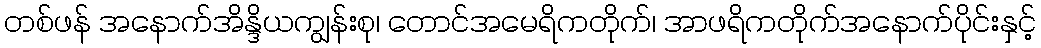
တစ်ဖန် အနောက်အိန္ဒိယကျွန်းစု၊ တောင်အမေရိကတိုက်၊ အာဖရိကတိုက်အနောက်ပိုင်းနှင့်